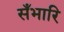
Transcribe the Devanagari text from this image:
सँभारि